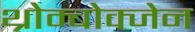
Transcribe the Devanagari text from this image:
थ्रोम्बोक्जेन